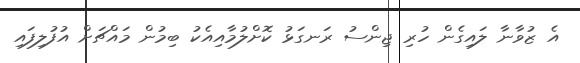
އެ ޒުވާނާ ލައިގެން ހުރި ޖިންސު ރަނގަޅު ކޮށްލުމާއިއެކު ބިމުން މައްޗަށް އުފުލިފައި